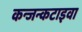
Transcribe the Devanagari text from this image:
कन्जन्कटाइवा